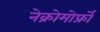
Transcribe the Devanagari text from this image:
नेक्रोमोर्फ्रों